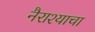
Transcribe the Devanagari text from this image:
नैराश्याचा